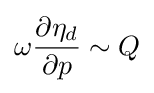
\omega {\frac {\partial \eta _{d}}{\partial p}}\sim Q